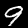
Label: 9